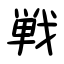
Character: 戦